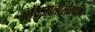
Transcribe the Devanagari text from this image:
पोटजातीसंबंधीच